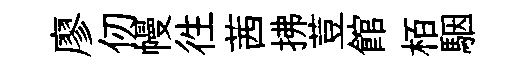
廖仞幔徃茜拂荳館栢駰